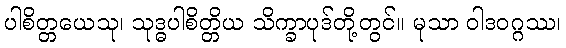
ပါစိတ္တယေသု၊ သုဒ္ဓပါစိတ္တိယ သိက္ခာပုဒ်တို့တွင်။ မုသာ ဝါဒဝဂ္ဂဿ၊